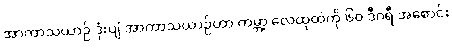
အာကာသယာဉ် ဒုံးပျံ အာကာသယာဉ်ဟာ ကမ္ဘာ့ လေထုထဲကို ၆၀ ဒီဂရီ အစောင်း